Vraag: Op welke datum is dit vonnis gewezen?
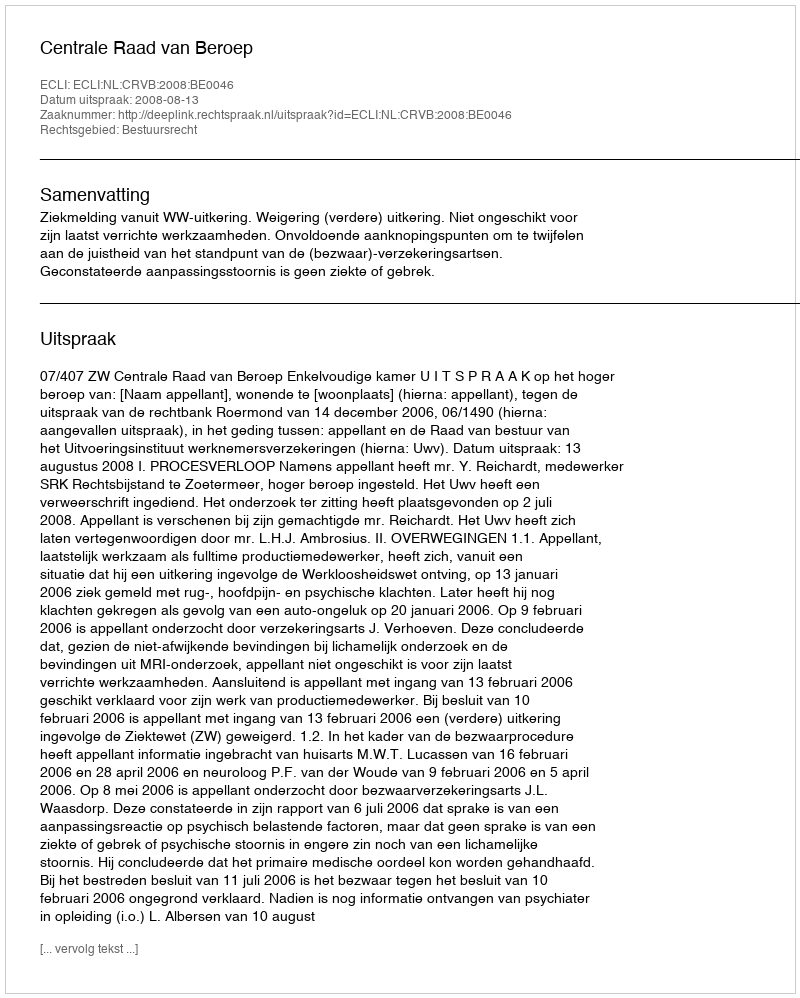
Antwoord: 2008-08-13